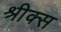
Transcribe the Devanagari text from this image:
श्रीक्स